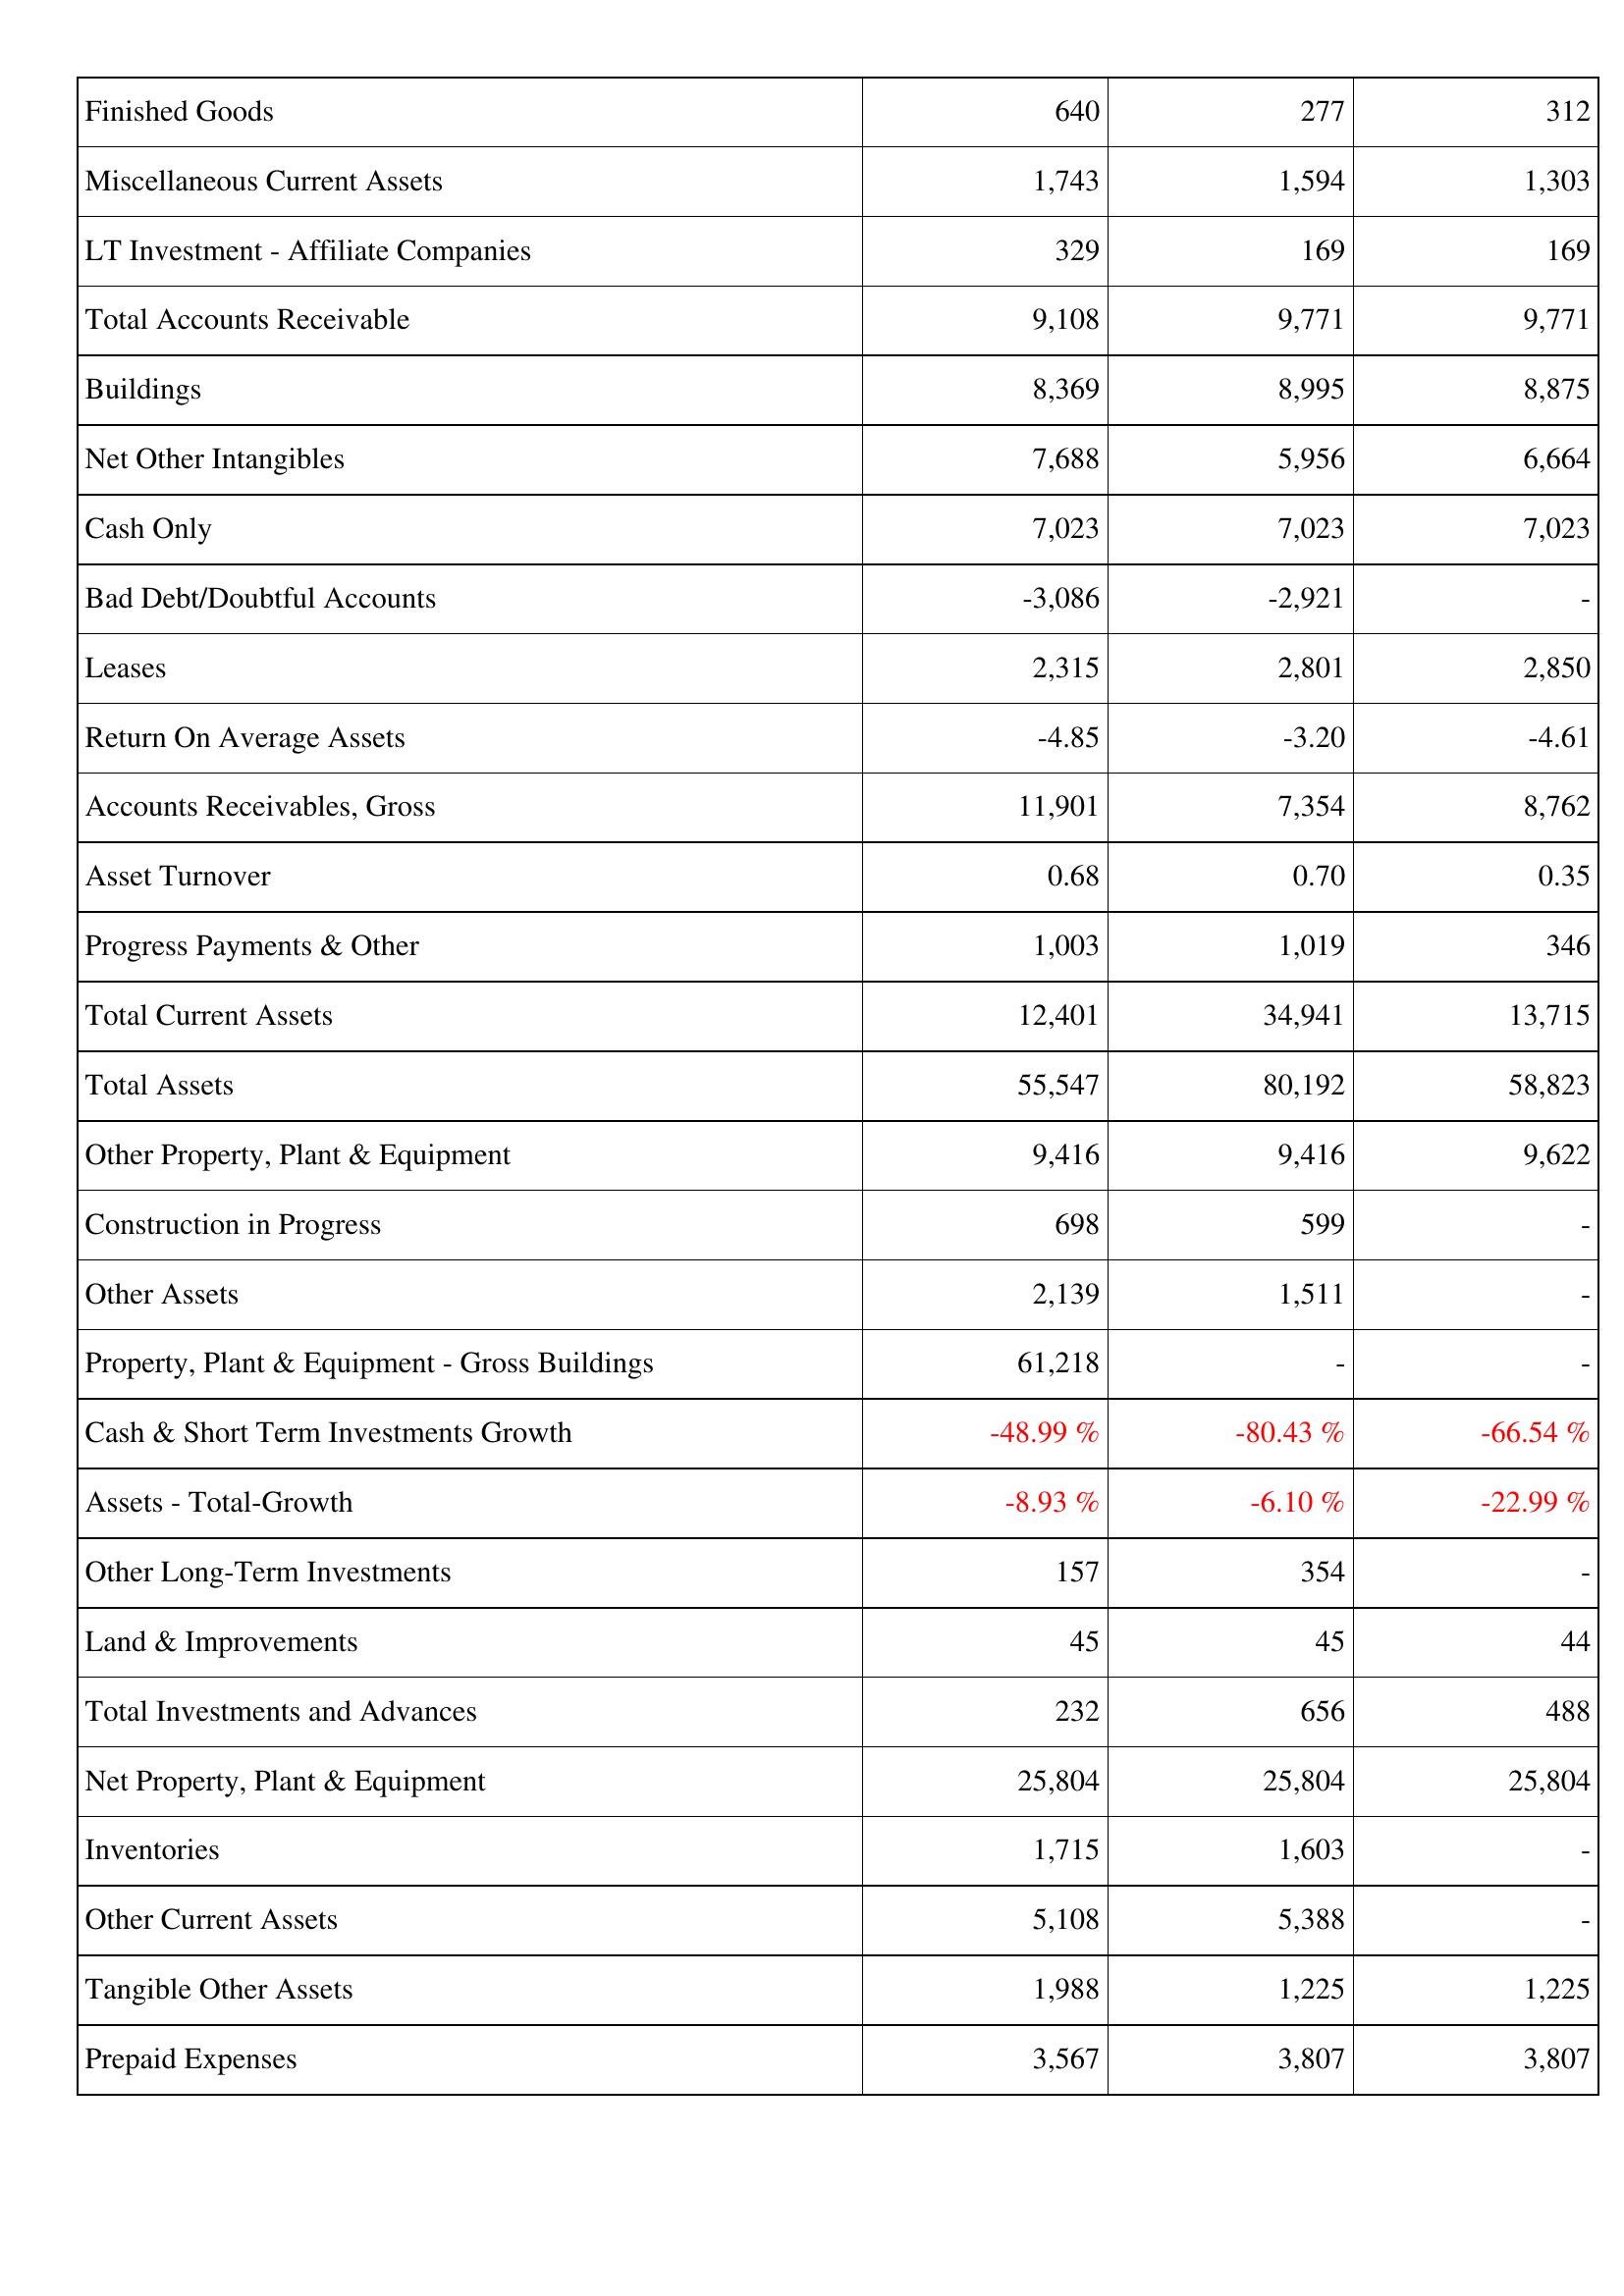
2012: Assets: Finished Goods: 640
Miscellaneous Current Assets: 1,743
LT Investment - Affiliate Companies: 329
Total Accounts Receivable: 9,108
Buildings: 8,369
Net Other Intangibles: 7,688
Cash Only: 7,023
Bad Debt/Doubtful Accounts: -3,086
Leases: 2,315
Return On Average Assets: -4.85
Accounts Receivables, Gross: 11,901
Asset Turnover: 0.68
Progress Payments & Other: 1,003
Total Current Assets: 12,401
Total Assets: 55,547
Other Property, Plant & Equipment: 9,416
Construction in Progress: 698
Other Assets: 2,139
Property, Plant & Equipment - Gross Buildings: 61,218
Cash & Short Term Investments Growth: -48.99 %
Assets - Total-Growth: -8.93 %
Other Long-Term Investments: 157
Land & Improvements: 45
Total Investments and Advances: 232
Net Property, Plant & Equipment: 25,804
Inventories: 1,715
Other Current Assets: 5,108
Tangible Other Assets: 1,988
Prepaid Expenses: 3,567
2011: Assets: Finished Goods: 277
Miscellaneous Current Assets: 1,594
LT Investment - Affiliate Companies: 169
Total Accounts Receivable: 9,771
Buildings: 8,995
Net Other Intangibles: 5,956
Cash Only: 7,023
Bad Debt/Doubtful Accounts: -2,921
Leases: 2,801
Return On Average Assets: -3.20
Accounts Receivables, Gross: 7,354
Asset Turnover: 0.70
Progress Payments & Other: 1,019
Total Current Assets: 34,941
Total Assets: 80,192
Other Property, Plant & Equipment: 9,416
Construction in Progress: 599
Other Assets: 1,511
Property, Plant & Equipment - Gross Buildings: -
Cash & Short Term Investments Growth: -80.43 %
Assets - Total-Growth: -6.10 %
Other Long-Term Investments: 354
Land & Improvements: 45
Total Investments and Advances: 656
Net Property, Plant & Equipment: 25,804
Inventories: 1,603
Other Current Assets: 5,388
Tangible Other Assets: 1,225
Prepaid Expenses: 3,807
2010: Assets: Finished Goods: 312
Miscellaneous Current Assets: 1,303
LT Investment - Affiliate Companies: 169
Total Accounts Receivable: 9,771
Buildings: 8,875
Net Other Intangibles: 6,664
Cash Only: 7,023
Bad Debt/Doubtful Accounts: -
Leases: 2,850
Return On Average Assets: -4.61
Accounts Receivables, Gross: 8,762
Asset Turnover: 0.35
Progress Payments & Other: 346
Total Current Assets: 13,715
Total Assets: 58,823
Other Property, Plant & Equipment: 9,622
Construction in Progress: -
Other Assets: -
Property, Plant & Equipment - Gross Buildings: -
Cash & Short Term Investments Growth: -66.54 %
Assets - Total-Growth: -22.99 %
Other Long-Term Investments: -
Land & Improvements: 44
Total Investments and Advances: 488
Net Property, Plant & Equipment: 25,804
Inventories: -
Other Current Assets: -
Tangible Other Assets: 1,225
Prepaid Expenses: 3,807